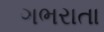
ગભરાતા